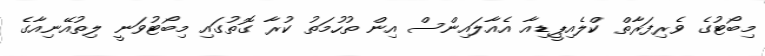
މިބޯޓުގެ ވެރިފަރާތް ކްލެއިޕީޑިއާ އެއާލައިންސް އިން ތުހުމަތު ކުރާ ގޮތުގައި މިބޯޓުވަނީ ލިތުއޭނިއާގެ